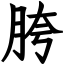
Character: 胯